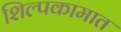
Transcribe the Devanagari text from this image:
शिल्पकामात